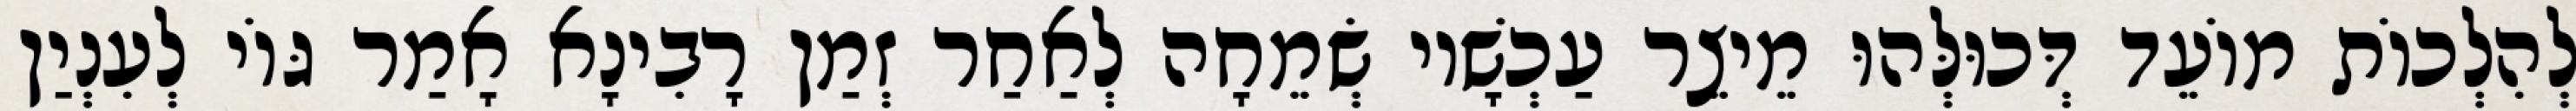
לְהִלְכוֹת מוֹעֵד דְּכוּלְּהוּ מֵיצֵר עַכְשָׁיו שְׂמֵחָה לְאַחַר זְמַן רָבִינָא אָמַר גּוֹי לְעִנְיַן